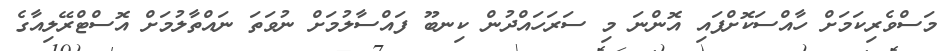
މަސްވެރިކަމަށް ހާއްސަކޮށްފައި އޮންނަ މި ސަރަހައްދުން ކިނބޫ ފައްސާލުމަށް ނުވަތަ ނައްތާލުމަށް އޮސްޓްރޭލިއާގެ